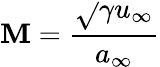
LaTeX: \mathbf{M}=\frac{{\sqrt{}{{\gamma}}u_{\infty}}}{{a_{\infty}}}